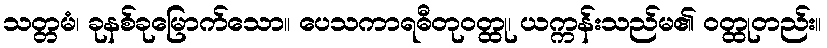
သတ္တမံ၊ ခုနစ်ခုမြောက်သော။ ပေသကာရဓီတုဝတ္ထု၊ ယက္ကန်းသည်မ၏ ဝတ္ထုတည်း။